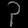
Digit: ၃